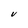
Character: V